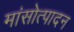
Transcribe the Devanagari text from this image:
मांसोत्पादन